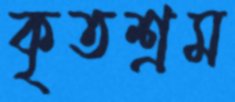
কৃতশ্রম